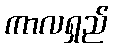
ကာလရှည်